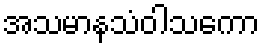
အသမာနသံဝါသကော